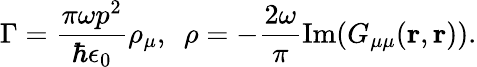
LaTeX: \Gamma=\frac{\pi\omega p^{2}}{\hbar\epsilon_{0}}\rho_{\mu},\, \, \, \rho=-\frac{2\omega}{\pi}\mathrm{Im}({G_{\mu\mu}(\mathbf{r},\mathbf{r})}).